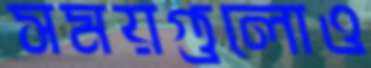
সময়গুলোও